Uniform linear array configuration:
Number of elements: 32
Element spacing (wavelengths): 0.5
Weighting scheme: hamming
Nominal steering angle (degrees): -45
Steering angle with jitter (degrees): -45.134
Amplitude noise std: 0.05
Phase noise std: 0.05

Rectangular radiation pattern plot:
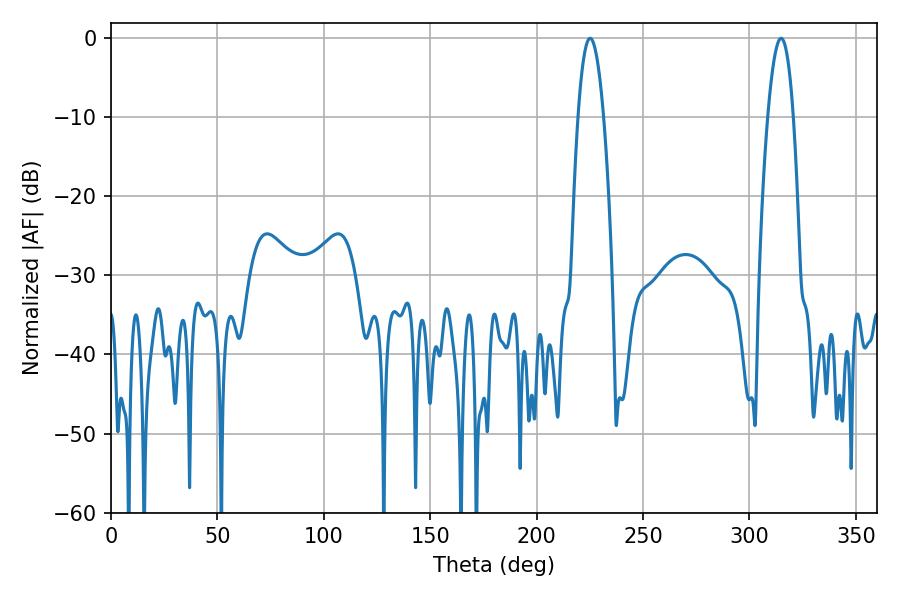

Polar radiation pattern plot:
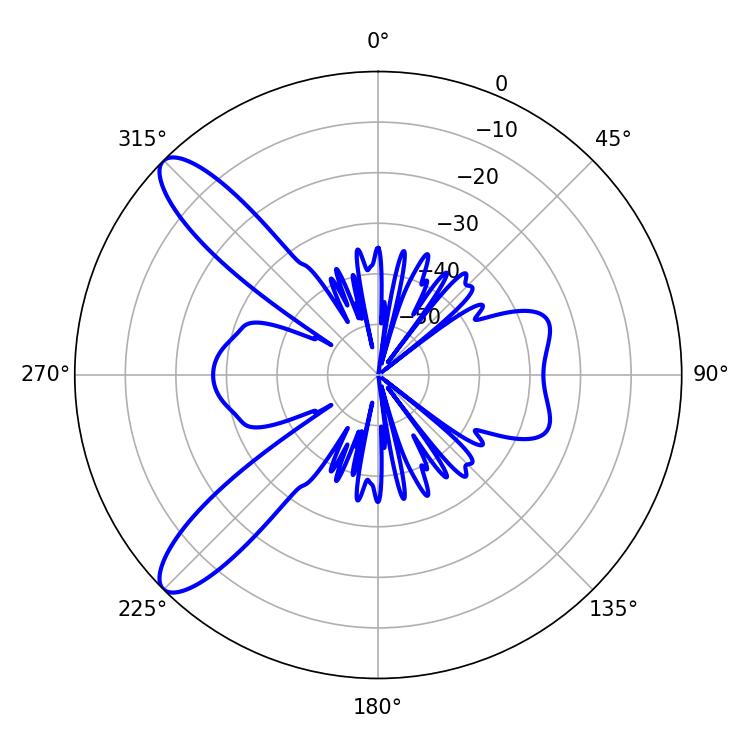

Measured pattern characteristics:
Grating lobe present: FALSE
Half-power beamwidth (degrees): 6.66
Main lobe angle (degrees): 225.18